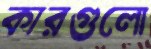
কারগুলো